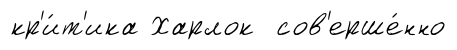
кр'и́т'ика Харлок сов'ерше́нно